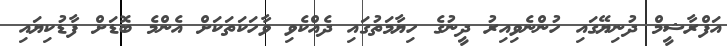
އަފްރާޝީމް ދުނިޔޭގައި ހުންނެވިއިރު ދީނުގެ ހިޔާމަތުގައި ދެއްކެވި ވާހަކަތަކަށް އެންމެ ބޮޑަށް ފާޑުކިޔައި